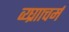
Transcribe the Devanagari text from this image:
व्य्घ्रााचर्म